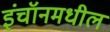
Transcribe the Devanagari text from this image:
इंचॉनमधील